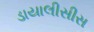
ડાયાલીસીસ